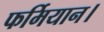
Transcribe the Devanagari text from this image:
फर्मियान।